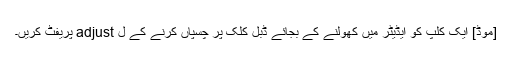
[موڈ] ایک کلپ کو ایڈیٹر میں کھولنے کے بجائے ڈبل کلک پر چسپاں کرنے کے ل adjust پریفٹ کریں۔